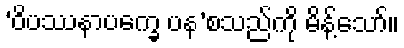
‘ဝိပဿနာပက္ခေ ပန’စသည်ကို မိန့်သော်။